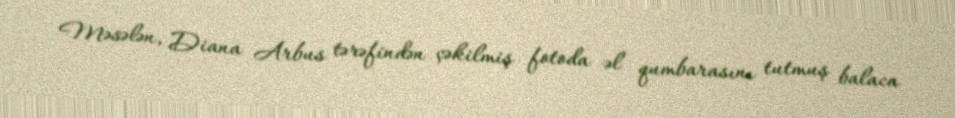
Məsələn, Diana Arbus tərəfindən çəkilmiş fotoda əl qumbarasını tutmuş balaca